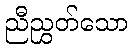
ညီညွှတ်သော